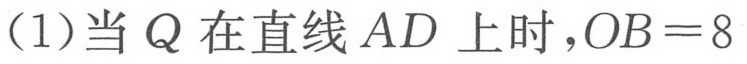
(1)当 \(Q\) 在直线 \(AD\) 上时，\(OB = 8\)